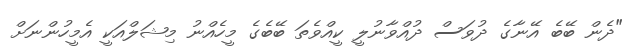
"ދެން ބޭބެ އޭނާގެ ދުވަސް ދުއްވާނުލީ ކީއްވެތަ ބޭބެގެ މީހެއްނު މިޝަލްއަކީ އެމީހުންނަށް